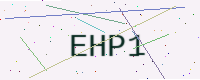
Text: EHP1